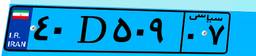
۹۸D۰۵۷۴۷